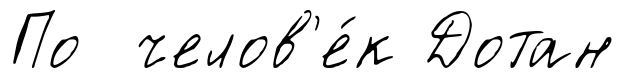
По челов'е́к Дотан